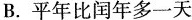
B.平年比闰年多一天